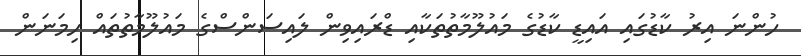
ހުންނަ އިރު ކާޑުގައި އައިޑީ ކާޑުގެ މައުލޫމާތުތަކާއި ޑްރައިވިން ލައިސަންސްގެ މައުލޫމާތުތައް ހިމަނަން